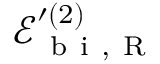
\mathcal { E } _ { \mathrm { ~ b ~ i ~ } , \mathrm { ~ R ~ } } ^ { \prime { ( 2 ) } }